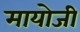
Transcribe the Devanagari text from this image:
मायोजी